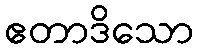
ဧတာဒိသော